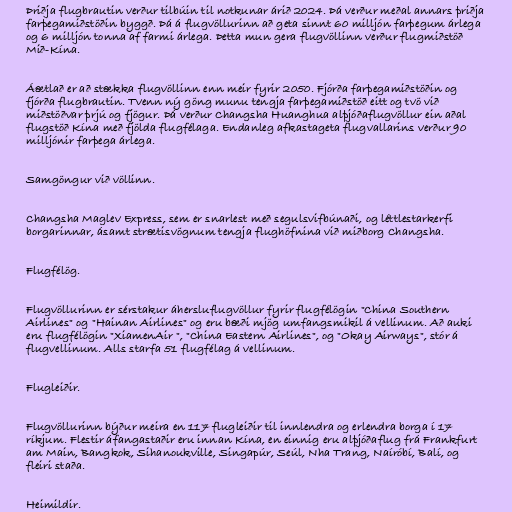
Þriðja flugbrautin verður tilbúin til notkunar árið 2024. Þá verður meðal annars þriðja
farþegamiðstöðin byggð. Þá á flugvöllurinn að geta sinnt 60 milljón farþegum árlega
og 6 milljón tonna af farmi árlega. Þetta mun gera flugvöllinn verður flugmiðstöð
Mið-Kína.

Áætlað er að stækka flugvöllinn enn meir fyrir 2050. Fjórða farþegamiðstöðin og
fjórða flugbrautin. Tvenn ný göng munu tengja farþegamiðstöð eitt og tvö við
miðstöðvar þrjú og fjögur. Þá verður Changsha Huanghua alþjóðaflugvöllur ein aðal
flugstöð Kína með fjölda flugfélaga. Endanleg afkastageta flugvallarins verður 90
milljónir farþega árlega.

Samgöngur við völlinn.

Changsha Maglev Express, sem er snarlest með segulsvifbúnaði, og léttlestarkerfi
borgarinnar, ásamt strætisvögnum tengja flughöfnina við miðborg Changsha.

Flugfélög.

Flugvöllurinn er sérstakur áhersluflugvöllur fyrir flugfélögin "China Southern
Airlines" og "Hainan Airlines" og eru bæði mjög umfangsmikil á vellinum. Að auki
eru flugfélögin "XiamenAir ", "China Eastern Airlines", og "Okay Airways", stór á
flugvellinum. Alls starfa 51 flugfélag á vellinum.

Flugleiðir.

Flugvöllurinn býður meira en 117 flugleiðir til innlendra og erlendra borga í 17
ríkjum. Flestir áfangastaðir eru innan Kína, en einnig eru alþjóðaflug frá Frankfurt
am Main, Bangkok, Sihanoukville, Singapúr, Seúl, Nha Trang, Naíróbí, Balí, og
fleiri staða.

Heimildir.